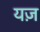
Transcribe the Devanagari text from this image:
यज़